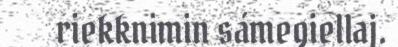
riekknimin sámegiellaj.